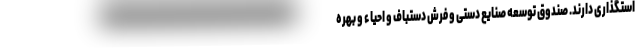
استگذاری دارند. صندوق توسعه صنایع دستی و فرش دستباف و احیاء و بهره